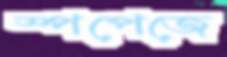
স্পপেজে